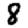
Digit: 8